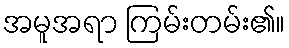
အမူအရာ ကြမ်းတမ်း၏။